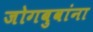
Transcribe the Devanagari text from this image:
जोगबुवांना